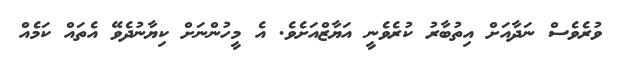
ވުރެވެސް ނަދާއަށް އިތުބާރު ކުރެވެނީ އަޔާޒްއަށެވެ. އެ މީހުންނަށް ކިޔާނުދެވޭ އެތައް ކަމެއް